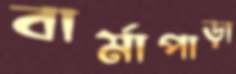
বার্মাপাড়া